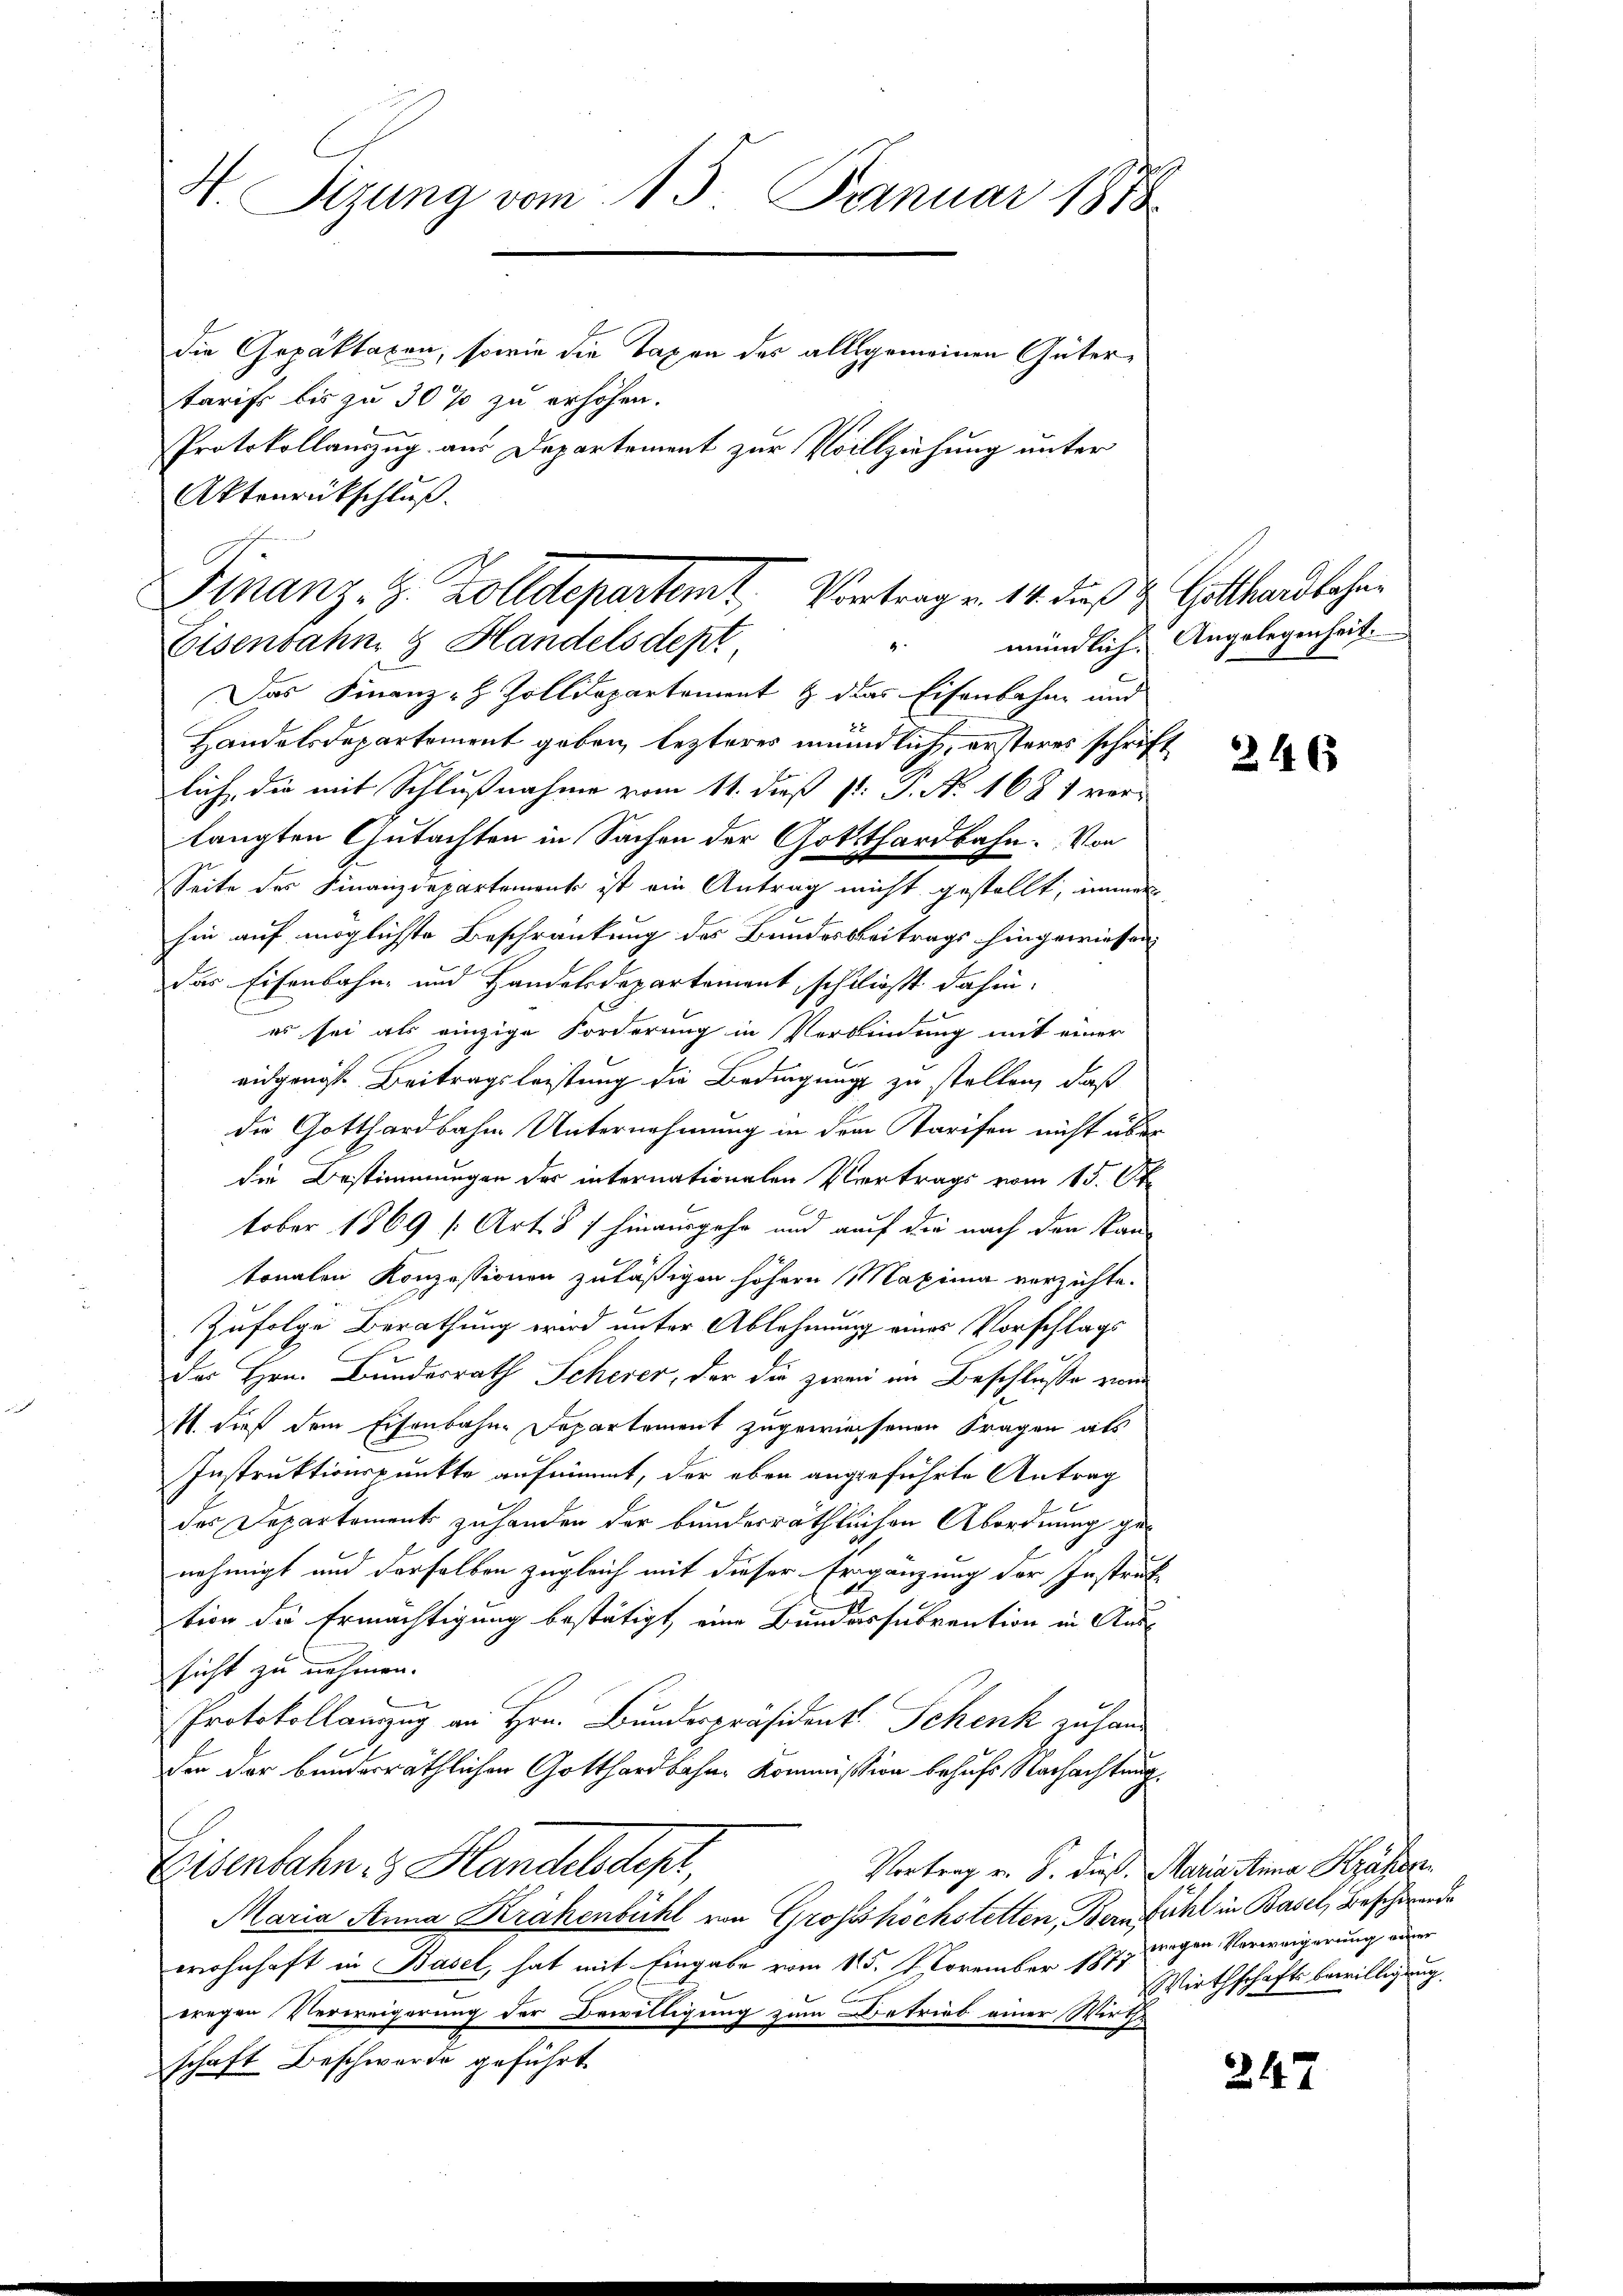
H. Sizung vom 15. Januar 1888
die Gepäktaxen, sowie die Taxen des allgemeinen Gütertarifs bis zu 30% zu erhöhen.
Protokollauszug aus Departement zur Vollziehung unter
Aktenrückschluß.

Finanz. Z. Zolldepartemt Vortrag v. 14. daß 2 Gotthardbahne
8
Eisenbahn & Handelsdept

Das Finanz-H Zolldepartement & das Eisenbahn und
Handelsdepartement geben, lezteres mündlich, ersteres schrift
lich, die mit Schlußnahme vom 11. dieß P. P. N. 168 1 verlangten Gutachten in Sachen der Gotthardbahn. Von
Seite des Finanzdepartement ist ein Antrag nicht gestellt, immer
hin auf möglichste Beschränkung des Bundesbeitrags hingewiesen
das Eisenbahn- und Handelsdepartement, schließt dahin.
es sei als einzige Forderung in Verbindung mit einer
eidgangst Beitragsleistung die Bedingungs zu stellen, daß
die Gotthardbahne Unternehmung in dem Tarifen nicht über
die Bestimmungen der internationalen Vertrags vom 15. St
tober 1869 (Art. 8) hinausgehe und auf die nach den kantonnten Konzessionen zuläßigen höhern Maxima verzichte.
Zufolge Berathung wird unter Ablehnung eines Vorschlags
der Hrn. Bundesrath Scherer, der die zwei im Beschlusse zwa
1. dieß dem Eisenbahne Departement zugewiesenen Fragen als
Instruktionspunkte aufnimmt, der eben angeführte Antrag
c
des Departement zu handen der bunderräthlichen Abordnung genehmigt und derselben zugleich mit dieser Ergänzung der Instruktion die Ermächtigung bestätigt eine Bundessubvention in Ans
sicht zu nehmen.
Protokollanzug an Hrn. Bundespräsident Schenk zu hander der bundesräthlichen Gotthardbahn- Kommission behufs Nachachtung.
Eisenbahn in Handelsdept,
Vortrag v. J. dieß. Maria Anna Krähen
Maria Anna Krähenbühl von Grosshöchstetten, Bern fühl in Basel, Beschwerde
wohnhaft in Basel, hat mit Eingabe vom 15. November 1871 wegen Verweigerung auser
wregen Verweigerung der Bewilligung zum Betrieb einer Wirth-
schaft Beschwerde geführt.

mündlich. Angelegenheit.

246

Wirthschaftsbewilligung.

247